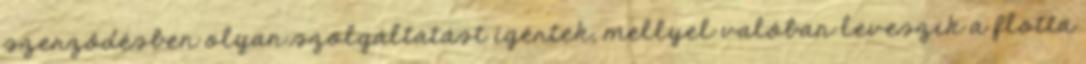
szerződésben olyan szolgáltatást ígértek, mellyel valóban leveszik a flotta